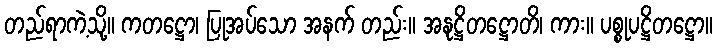
တည်ရာကဲ့သို့။ ကတဋ္ဌော၊ ပြုအပ်သော အနက် တည်း။ အနုဋ္ဌိတဋ္ဌောတိ၊ ကား။ ပစ္စုပဋ္ဌိတဋ္ဌော။